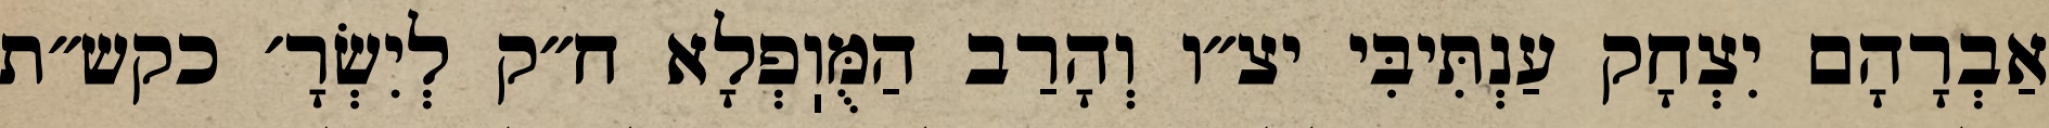
אַבְרָהָם יִצְחָק עַנְתִּיבִּי יצ״ו וְהָרַב הַמֻּוֽפְלָא ח״ק לְיִשְׂרָ׳ כקש״ת